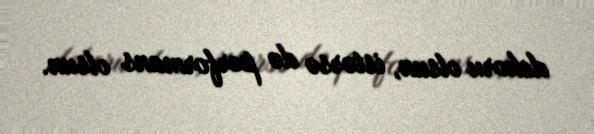
dekoru olsun, istərsə də performans olsun.